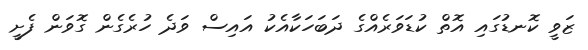
ޒަވީ ކޮނޑުގައި އޮތް ކުޑަވަރެއްގެ ދަބަހަކާއެކު އައިސް ވަދެ ހުރެގެން ގޮވަން ފެށީ